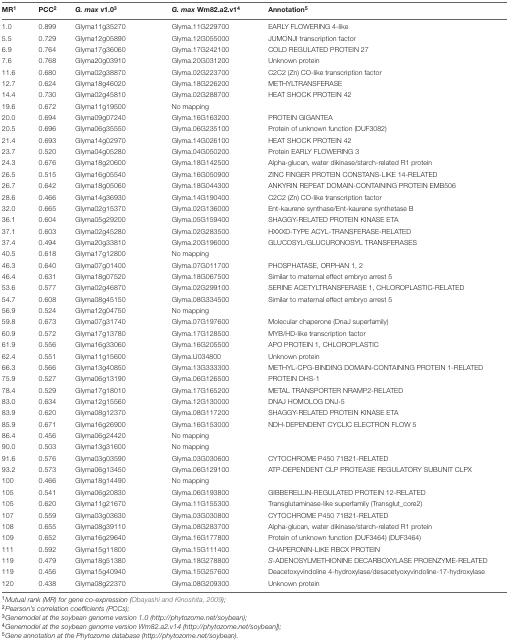
<table><thead><tr><td><b>MR<sup>1</sup></b></td><td><b>PCC<sup>2</sup></b></td><td><b><i>G. max</i> v1.0<sup>3</sup></b></td><td><b><i>G. max</i> Wm82.a2.v1<sup>4</sup></b></td><td><b>Annotation<sup>5</sup></b></td></tr></thead><tbody><tr><td>1.0</td><td>0.899</td><td>Glyma11g35270</td><td>Glyma.11G229700</td><td>EARLY FLOWERING 4-like</td></tr><tr><td>5.5</td><td>0.729</td><td>Glyma12g05890</td><td>Glyma.12G055000</td><td>JUMONJI transcription factor</td></tr><tr><td>6.9</td><td>0.764</td><td>Glyma17g36060</td><td>Glyma.17G242100</td><td>COLD REGULATED PROTEIN 27</td></tr><tr><td>7.6</td><td>0.768</td><td>Glyma20g03910</td><td>Glyma.20G031200</td><td>Unknown protein</td></tr><tr><td>11.6</td><td>0.680</td><td>Glyma02g38870</td><td>Glyma.02G223700</td><td>C2C2 (Zn) CO-like transcription factor</td></tr><tr><td>12.7</td><td>0.624</td><td>Glyma18g46020</td><td>Glyma.18G226200</td><td>METHYLTRANSFERASE</td></tr><tr><td>14.4</td><td>0.730</td><td>Glyma02g45810</td><td>Glyma.02G288700</td><td>HEAT SHOCK PROTEIN 42</td></tr><tr><td>19.6</td><td>0.672</td><td>Glyma11g19500</td><td colspan="2">No mapping</td></tr><tr><td>20.0</td><td>0.694</td><td>Glyma09g07240</td><td>Glyma.16G163200</td><td>PROTEIN GIGANTEA</td></tr><tr><td>20.5</td><td>0.696</td><td>Glyma06g35550</td><td>Glyma.06G235100</td><td>Protein of unknown function (DUF3082)</td></tr><tr><td>21.4</td><td>0.693</td><td>Glyma14g02970</td><td>Glyma.14G026100</td><td>HEAT SHOCK PROTEIN 42</td></tr><tr><td>23.7</td><td>0.520</td><td>Glyma04g05280</td><td>Glyma.04G050200</td><td>Protein EARLY FLOWERING 3</td></tr><tr><td>24.3</td><td>0.676</td><td>Glyma18g20600</td><td>Glyma.18G142500</td><td>Alpha-glucan, water dikinase/starch-related R1 protein</td></tr><tr><td>26.5</td><td>0.515</td><td>Glyma16g05540</td><td>Glyma.16G050900</td><td>ZINC FINGER PROTEIN CONSTANS-LIKE 14-RELATED</td></tr><tr><td>26.7</td><td>0.642</td><td>Glyma18g05060</td><td>Glyma.18G044300</td><td>ANKYRIN REPEAT DOMAIN-CONTAINING PROTEIN EMB506</td></tr><tr><td>28.6</td><td>0.466</td><td>Glyma14g36930</td><td>Glyma.14G190400</td><td>C2C2 (Zn) CO-like transcription factor</td></tr><tr><td>32.0</td><td>0.665</td><td>Glyma02g15370</td><td>Glyma.02G136000</td><td>Ent-kaurene synthase/Ent-kaurene synthetase B</td></tr><tr><td>36.1</td><td>0.604</td><td>Glyma05g29200</td><td>Glyma.05G159400</td><td>SHAGGY-RELATED PROTEIN KINASE ETA</td></tr><tr><td>37.1</td><td>0.603</td><td>Glyma02g45280</td><td>Glyma.02G283500</td><td>HXXXD-TYPE ACYL-TRANSFERASE-RELATED</td></tr><tr><td>37.4</td><td>0.494</td><td>Glyma20g33810</td><td>Glyma.20G196000</td><td>GLUCOSYL/GLUCURONOSYL TRANSFERASES</td></tr><tr><td>40.5</td><td>0.618</td><td>Glyma17g12800</td><td colspan="2">No mapping</td></tr><tr><td>46.3</td><td>0.640</td><td>Glyma07g01400</td><td>Glyma.07G011700</td><td>PHOSPHATASE, ORPHAN 1, 2</td></tr><tr><td>46.4</td><td>0.631</td><td>Glyma18g07520</td><td>Glyma.18G067500</td><td>Similar to maternal effect embryo arrest 5</td></tr><tr><td>53.6</td><td>0.577</td><td>Glyma02g46870</td><td>Glyma.02G299100</td><td>SERINE ACETYLTRANSFERASE 1, CHLOROPLASTIC-RELATED</td></tr><tr><td>54.7</td><td>0.608</td><td>Glyma08g45150</td><td>Glyma.08G334500</td><td>Similar to maternal effect embryo arrest 5</td></tr><tr><td>56.9</td><td>0.524</td><td>Glyma12g04750</td><td colspan="2">No mapping</td></tr><tr><td>59.8</td><td>0.673</td><td>Glyma07g31740</td><td>Glyma.07G197600</td><td>Molecular chaperone (DnaJ superfamily)</td></tr><tr><td>60.9</td><td>0.572</td><td>Glyma17g13780</td><td>Glyma.17G128500</td><td>MYB/HD-like transcription factor</td></tr><tr><td>61.9</td><td>0.556</td><td>Glyma16g33060</td><td>Glyma.16G205500</td><td>APO PROTEIN 1, CHLOROPLASTIC</td></tr><tr><td>62.4</td><td>0.551</td><td>Glyma11g15600</td><td>Glyma.U034800</td><td>Unknown protein</td></tr><tr><td>66.3</td><td>0.566</td><td>Glyma13g40850</td><td>Glyma.13G333300</td><td>METHYL-CPG-BINDING DOMAIN-CONTAINING PROTEIN 1-RELATED</td></tr><tr><td>75.9</td><td>0.527</td><td>Glyma06g13190</td><td>Glyma.06G126500</td><td>PROTEIN DHS-1</td></tr><tr><td>78.4</td><td>0.529</td><td>Glyma17g18010</td><td>Glyma.17G165200</td><td>METAL TRANSPORTER NRAMP2-RELATED</td></tr><tr><td>83.0</td><td>0.634</td><td>Glyma12g15560</td><td>Glyma.12G130000</td><td>DNAJ HOMOLOG DNJ-5</td></tr><tr><td>83.9</td><td>0.620</td><td>Glyma08g12370</td><td>Glyma.08G117200</td><td>SHAGGY-RELATED PROTEIN KINASE ETA</td></tr><tr><td>85.9</td><td>0.671</td><td>Glyma16g26900</td><td>Glyma.16G153000</td><td>NDH-DEPENDENT CYCLIC ELECTRON FLOW 5</td></tr><tr><td>86.4</td><td>0.456</td><td>Glyma06g24420</td><td colspan="2">No mapping</td></tr><tr><td>90.0</td><td>0.503</td><td>Glyma13g31600</td><td colspan="2">No mapping</td></tr><tr><td>91.6</td><td>0.576</td><td>Glyma03g03590</td><td>Glyma.03G030600</td><td>CYTOCHROME P450 71B21-RELATED</td></tr><tr><td>93.2</td><td>0.573</td><td>Glyma06g13450</td><td>Glyma.06G129100</td><td>ATP-DEPENDENT CLP PROTEASE REGULATORY SUBUNIT CLPX</td></tr><tr><td>100</td><td>0.466</td><td>Glyma18g14490</td><td colspan="2">No mapping</td></tr><tr><td>105</td><td>0.541</td><td>Glyma06g20830</td><td>Glyma.06G193800</td><td>GIBBERELLIN-REGULATED PROTEIN 12-RELATED</td></tr><tr><td>105</td><td>0.620</td><td>Glyma11g21670</td><td>Glyma.11G155300</td><td>Transglutaminase-like superfamily (Transglut_core2)</td></tr><tr><td>107</td><td>0.559</td><td>Glyma03g03630</td><td>Glyma.03G030800</td><td>CYTOCHROME P450 71B21-RELATED</td></tr><tr><td>108</td><td>0.655</td><td>Glyma08g39110</td><td>Glyma.08G283700</td><td>Alpha-glucan, water dikinase/starch-related R1 protein</td></tr><tr><td>109</td><td>0.652</td><td>Glyma16g29640</td><td>Glyma.16G177800</td><td>Protein of unknown function (DUF3464) (DUF3464)</td></tr><tr><td>111</td><td>0.592</td><td>Glyma15g11800</td><td>Glyma.15G111400</td><td>CHAPERONIN-LIKE RBCX PROTEIN</td></tr><tr><td>119</td><td>0.479</td><td>Glyma18g51380</td><td>Glyma.18G278800</td><td><i>S</i>-ADENOSYLMETHIONINE DECARBOXYLASE PROENZYME-RELATED</td></tr><tr><td>119</td><td>0.456</td><td>Glyma15g40940</td><td>Glyma.15G257600</td><td>Deacetoxyvindoline 4-hydroxylase/desacetyoxyvindoline-17-hydroxylase</td></tr><tr><td>120</td><td>0.438</td><td>Glyma08g22370</td><td>Glyma.08G209300</td><td>Unknown protein</td></tr></tbody></table>